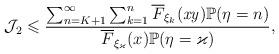
LaTeX: \begin{align*}\mathcal{J}_2\leqslant\frac{\sum_{n=K+1}^{\infty}\sum_{k=1}^{n}\overline{F}_{\xi_k}(\mathit{xy})\mathbb{P}(\eta=n)}{\overline{F}_{\xi_\varkappa}(x)\mathbb{P}(\eta=\varkappa)},\end{align*}